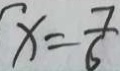
x = \frac { 7 } { 6 }